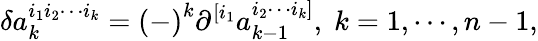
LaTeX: \delta a_{k}^{i_{1}i_{2}\cdots i_{k}}=\left(-\right)^{k}\partial^{[i_{1}}a_{k-1}^{i_{2}\cdots i_{k}]},\; k=1,\cdots,n-1,